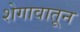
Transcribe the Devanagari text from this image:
शेगावातून